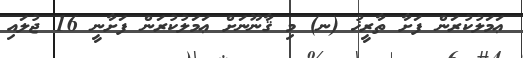
ޢަމަލުކުރަން ފަށާ ތާރީޚު (ނ) މި ޤާނޫނަށް ޢަމަލުކުރަން ފަށާނީ 16 ޖުލައި